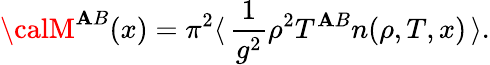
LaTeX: {\calM}^{\mathbf{A}B}(x)=\pi^{2}\langle\, \frac{{1}}{{g^{2}}}\rho^{2}T^{\mathbf{A}B}n(\rho,T,x)\, \rangle.